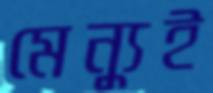
মেন্যুই